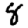
Digit: 8